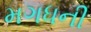
મગધની